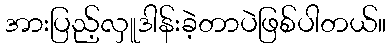
အားပြည့်လှူဒါန်းခဲ့တာပဲဖြစ်ပါတယ်။